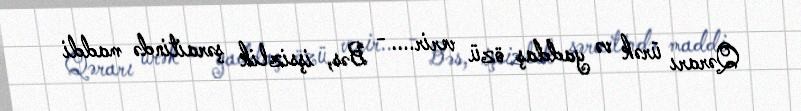
Qərarı ürək və yaddaş özü verir.... - Bəs, işsizlik şəraitində maddi